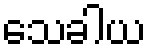
သေခါယ